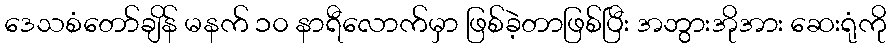
ဒေသစံတော်ချိန် မနက် ၁၀ နာရီလောက်မှာ ဖြစ်ခဲ့တာဖြစ်ပြီး အဘွားအိုအား ဆေးရုံကို